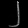
Digit: ၂